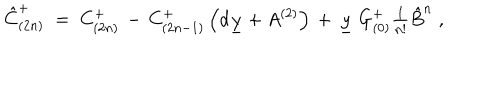
\hat { C } _ { ( 2 n ) } ^ { + } \; = \; C _ { ( 2 n ) } ^ { + } \, - \, C _ { ( 2 n - 1 ) } ^ { + } \left( d \underline { { { y } } } + A ^ { ( 2 ) } \right) \, + \, \underline { { { y } } } \ G _ { ( 0 ) } ^ { + } \textstyle { \frac { 1 } { n ! } } \hat { B } ^ { n } \; ,